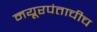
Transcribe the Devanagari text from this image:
मयूरपंताचीच